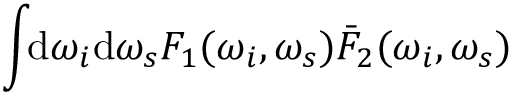
\int \! \! \mathrm { d } \omega _ { i } \mathrm { d } \omega _ { s } F _ { 1 } ( \omega _ { i } , \omega _ { s } ) \bar { F } _ { 2 } ( \omega _ { i } , \omega _ { s } )